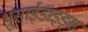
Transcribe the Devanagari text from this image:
थुसाईडाइड्स